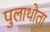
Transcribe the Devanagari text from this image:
पुलाथोता